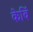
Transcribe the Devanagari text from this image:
केविं